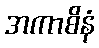
အကာစိနံ